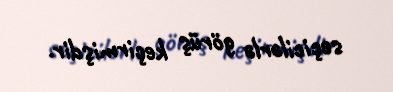
seçicilərlə görüş keçirmişdir.